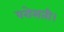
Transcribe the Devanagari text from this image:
परोसती।